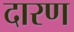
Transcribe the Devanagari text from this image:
दारण